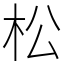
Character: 松